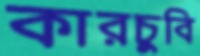
কারচুবি